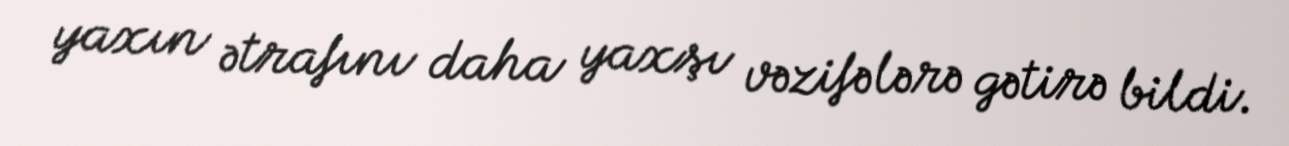
yaxın ətrafını daha yaxşı vəzifələrə gətirə bildi.